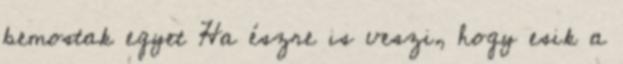
bemostak egyet Ha észre is veszi, hogy esik a